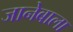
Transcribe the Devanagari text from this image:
जानेबाला